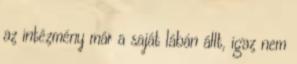
az intézmény már a saját lábán állt, igaz nem